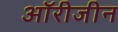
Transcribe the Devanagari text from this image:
ऑरीजीन